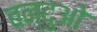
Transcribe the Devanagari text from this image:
बन्दुओ